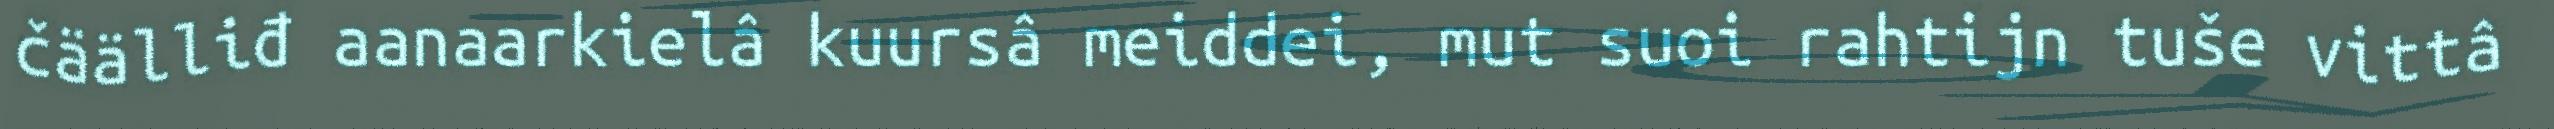
čäälliđ aanaarkielâ kuursâ meiddei, mut suoi rahtijn tuše vittâ